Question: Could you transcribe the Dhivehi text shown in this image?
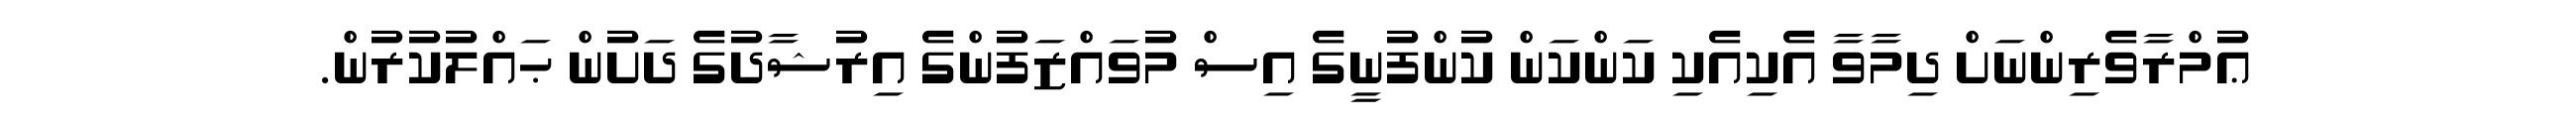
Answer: ޢުމްރާވެރިންނަށް ދިމާވާ އެކިއެކި ކަންކަން ކުންފުނީގެ އިސް މުވައްޒަފުންގެ އިރުޝާދުގެ ދަށުން ޙައްލުކުރުން.